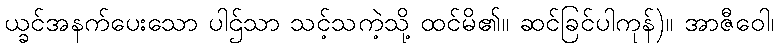
ယ္ခင်အနက်ပေးသော ပါဌ်သာ သင့်သကဲ့သို့ ထင်မိ၏။ ဆင်ခြင်ပါကုန်)။ အာဇီဝေါ၊